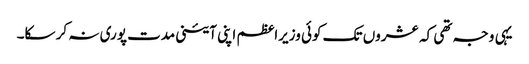
یہی وجہ تھی کہ عشروں تک کوئی وزیراعظم اپنی آئینی مدت پوری نہ کر سکا۔